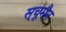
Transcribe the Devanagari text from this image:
स्चूमैन